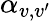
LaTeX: \alpha_{v,v^{\prime}}